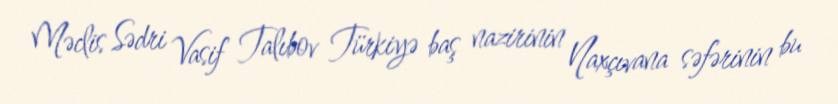
Məclis Sədri Vasif Talıbov Türkiyə baş nazirinin Naxçıvana səfərinin bu